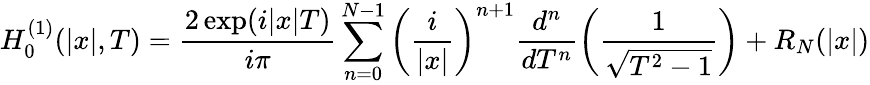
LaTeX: H_{0}^{(1)}(\lvert x\rvert,T)=\frac{2\exp(i\lvert x\rvert T)}{i\pi}\sum_{n=0}^{N-1}\left(\frac{i}{\lvert x\rvert}\right)^{n+1}\frac{d^{n}}{dT^{n}}\left(\frac{1}{\sqrt{T^{2}-1}}\right)+R_{N}(\lvert x\rvert)